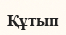
Құтып